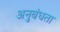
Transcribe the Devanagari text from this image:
अनुबंधता